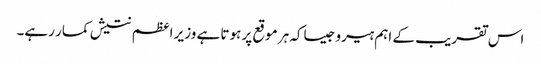
اس تقریب کے اہم ہیرو جیساکہ ہر موقع پر ہوتا ہے وزیر اعظم نتیش کمار رہے۔